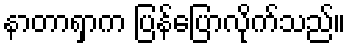
နာတာရှာက ပြန်ပြောလိုက်သည်။